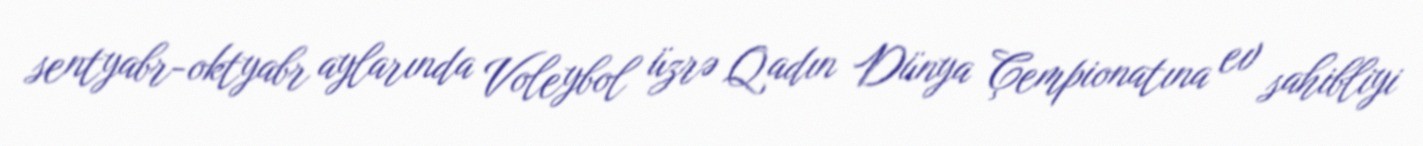
sentyabr-oktyabr aylarında Voleybol üzrə Qadın Dünya Çempionatına ev sahibliyi